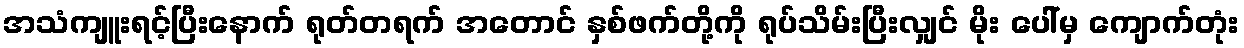
အသံကျူးရင့်ပြီးနောက် ရုတ်တရက် အတောင် နှစ်ဖက်တို့ကို ရုပ်သိမ်းပြီးလျှင် မိုး ပေါ်မှ ကျောက်တုံး